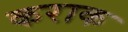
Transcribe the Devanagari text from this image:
कराक